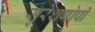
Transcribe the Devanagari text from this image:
सुरेशगोपी